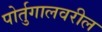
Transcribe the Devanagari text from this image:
पोर्तुगालवरील